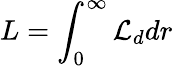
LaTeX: L=\int_{0}^{\infty}\mathcal{L}_{d}dr